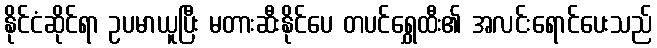
နိုင်ငံဆိုင်ရာ ဥပမာယူပြီး မတားဆီးနိုင်ပေ တပင်ရွှေထီး၏ အလင်းရောင်ပေးသည်